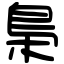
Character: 梟